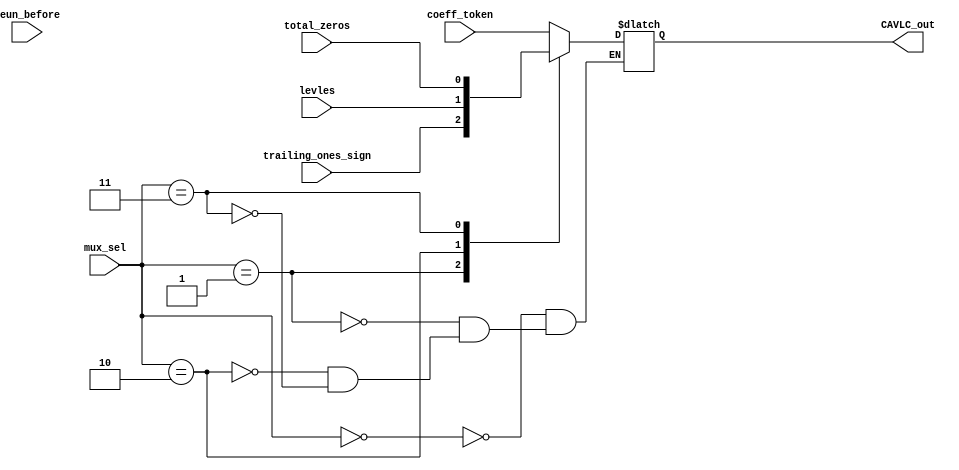
`timescale 1ns / 1ps
//////////////////////////////////////////////////////////////////////////////////
// Company: 
// Engineer: 
// 
// Design Name: 
// Module Name: CAVLC_Mux
// Project Name: 
// Target Devices: 
// Tool Versions: 
// Description: 
// 
// Dependencies: 
// 
// Revision:
// Revision 0.01 - File Created
// Additional Comments:
// 
//////////////////////////////////////////////////////////////////////////////////


module CAVLC_Mux (
input    wire   [2:0]    mux_sel,
input    wire            coeff_token,
input    wire            trailing_ones_sign,
input    wire            levles,
input    wire            total_zeros,
input    wire            reun_before,

output   reg             CAVLC_out

);


always @ (*)
begin
    case (mux_sel)
        3'b000 : CAVLC_out = coeff_token ;                 //           00 : TX_OUT = 1'b0 ;  
        3'b001 : CAVLC_out = trailing_ones_sign ;          //           01 : TX_OUT = 1'b1 ;
        3'b010 : CAVLC_out = levles ;                      //           10 : TX_OUT = ser_data ; THE BIG PROBLEM IS FORGOT     2'b
        3'b011 : CAVLC_out = total_zeros ;                 //           11 : TX_OUT = par_bit ;
        3'b011 : CAVLC_out = reun_before ;         
        
    endcase
end
    
endmodule